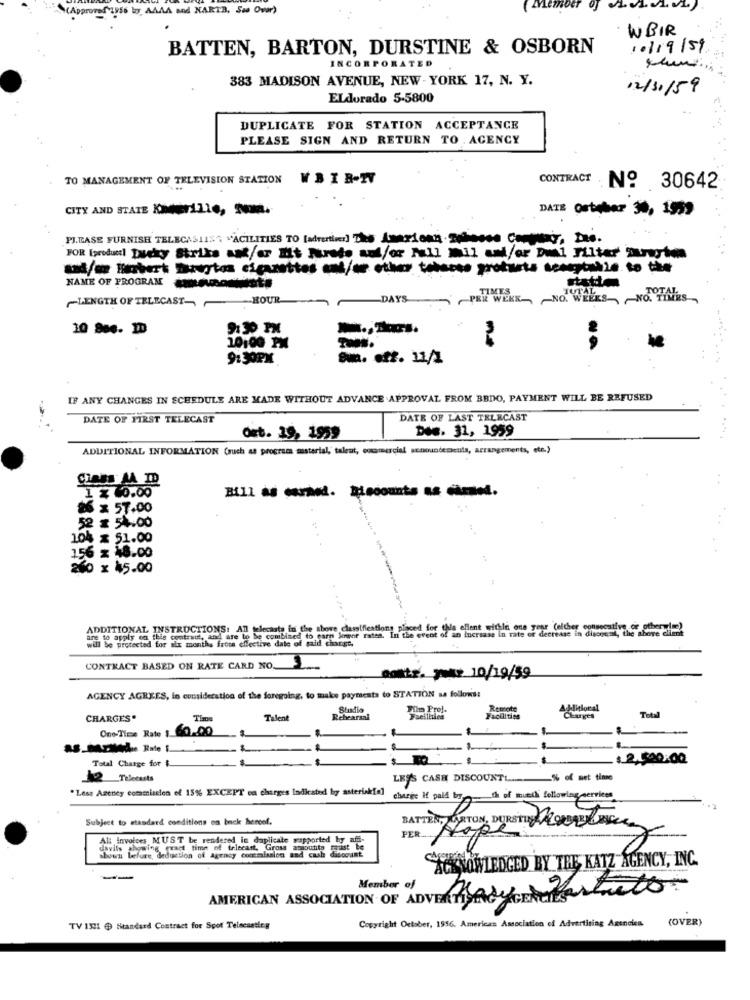
(Approved 1956 boy, AAAA and NARTB. Ssa Over)
WBIR
BATTEN, BARTON, DURSTINE & OSBORN
10/19/59
INCORPORATED
383 MADISON AVENUE, NEW-YORK 17, N. Y.
12/11/59
ELdorado 5-5800
DUPLICATE FOR STATION ACCEPTANCE
PLEASE SIGN AND RETURN TO . AGENCY
TO MANAGEMENT OF TELEVISION STATION
WBIRN
CONTRACT
No 30642
CITY AND STATE KMGrille, Som.
DATE Ostcher 30, 1959
PLEASE FURNISH TELECASIIS? "'ACILITIES TO [advertised) The American.Todosos Cartway, Des.
FOR [produc! Lucky Strike ant/or It preto auffor Full mil and/or Dul Filter' Surwyin
sadfor Hisbert Dazurtos cigarettes and/or other tehaces protuts sesortable to the
NAME OF PROGRAM
-- HOUR
DAYS
-
PER WEEK
WEEKS NO ThIES
~LENGTH OF TELECAST-
10 906. ID
10:00 PM
9: 30PM
IF ANY CHANGES IN SCHEDULE ARE MADE WITHOUT ADVANCE APPROVAL FROM BBDO, PAYMENT WILL BE REFUSED
DATE OF FIRST TELECAST
DATE OF LAST TELECAST
Die. 31, 1959
ort. 19, 1959
ADDITIONAL INFORMATION (ruch as programs material," talent, commercial scnoundemcuts, arrangements, etc.)
SHOES AA ID
1 $ 40.00
26 x 57.00
52 x 54.00
104 x 51.00
156 x 18.00
260 x $5.00
ADDITIONAL INSTRUCTIONS: All telecasts in the above clamifileations placed for the ellent within one year (elcher e
are to apply on this contratt, and are to be combined to earn lower rates. In the event of an Increase in rate of decrease in diodes, the above client
totected for six months from effective date of paid change.
CONTRACT BASED ON RATE CARD NO.
otr. y 10/19/59
AGENCY AGREES, In consideration of the foregoing, to make payments to STATION sa follows:
In Prof.
Remote
Additional
Total
CHARGES.
Talen
Rehearsal
Facilities
Charges
One Time Rate 1 60.00
Total Charge for
$2.520:00
12 Telecasts
LESS CASH DISCOUNTL
-% of met time
"Less Asetity commission of 15% EXCEPT on charges Indicated by asterisk[a]
chasie if pall by __ th of much following services
Subject to standard conditions on back hercef.
PER
BATTENT ORTON DURSTE PROBLEME
Al: Invoices MUST be rendered in daplicale supported by aff-
davils showing exact time of telecast. Gross amoutits marist be
shown before, deduction of Agency commission and cash disoquint.
ACKNOWLEDGED BY THE KATZ AGENCY, INC.
--
Member of
AMERICAN ASSOCIATION OF ADVERTISESYGEtissueto
(OVER)
TV 1321 @ Standard Contract for Spot Telscastley
Copyright October, 1956. Americas Association of Advertising Agencies